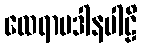
ထေရာပဒါနပါဠိ